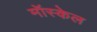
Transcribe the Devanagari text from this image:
मॉस्केल